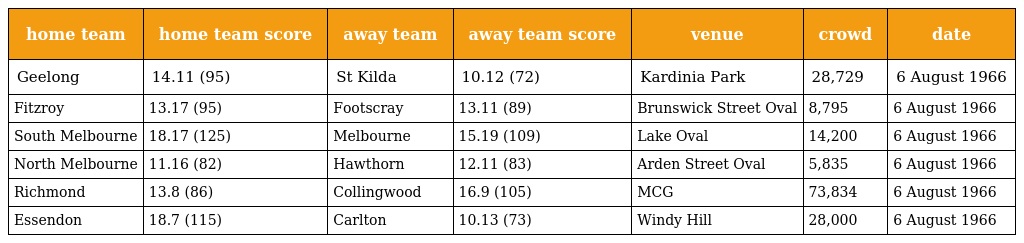
| home team | home team score | away team | away team score | venue | crowd | date |
 | --- | --- | --- | --- | --- | --- | --- |
 | Geelong | 14.11 (95) | St Kilda | 10.12 (72) | Kardinia Park | 28,729 | 6 August 1966 |
 | Fitzroy | 13.17 (95) | Footscray | 13.11 (89) | Brunswick Street Oval | 8,795 | 6 August 1966 |
 | South Melbourne | 18.17 (125) | Melbourne | 15.19 (109) | Lake Oval | 14,200 | 6 August 1966 |
 | North Melbourne | 11.16 (82) | Hawthorn | 12.11 (83) | Arden Street Oval | 5,835 | 6 August 1966 |
 | Richmond | 13.8 (86) | Collingwood | 16.9 (105) | MCG | 73,834 | 6 August 1966 |
 | Essendon | 18.7 (115) | Carlton | 10.13 (73) | Windy Hill | 28,000 | 6 August 1966 |